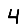
Digit: 4